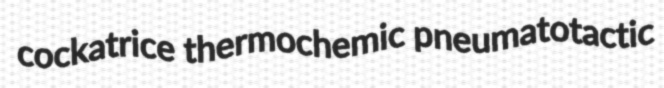
cockatrice thermochemic pneumatotactic